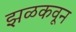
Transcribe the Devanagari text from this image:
झळकवून